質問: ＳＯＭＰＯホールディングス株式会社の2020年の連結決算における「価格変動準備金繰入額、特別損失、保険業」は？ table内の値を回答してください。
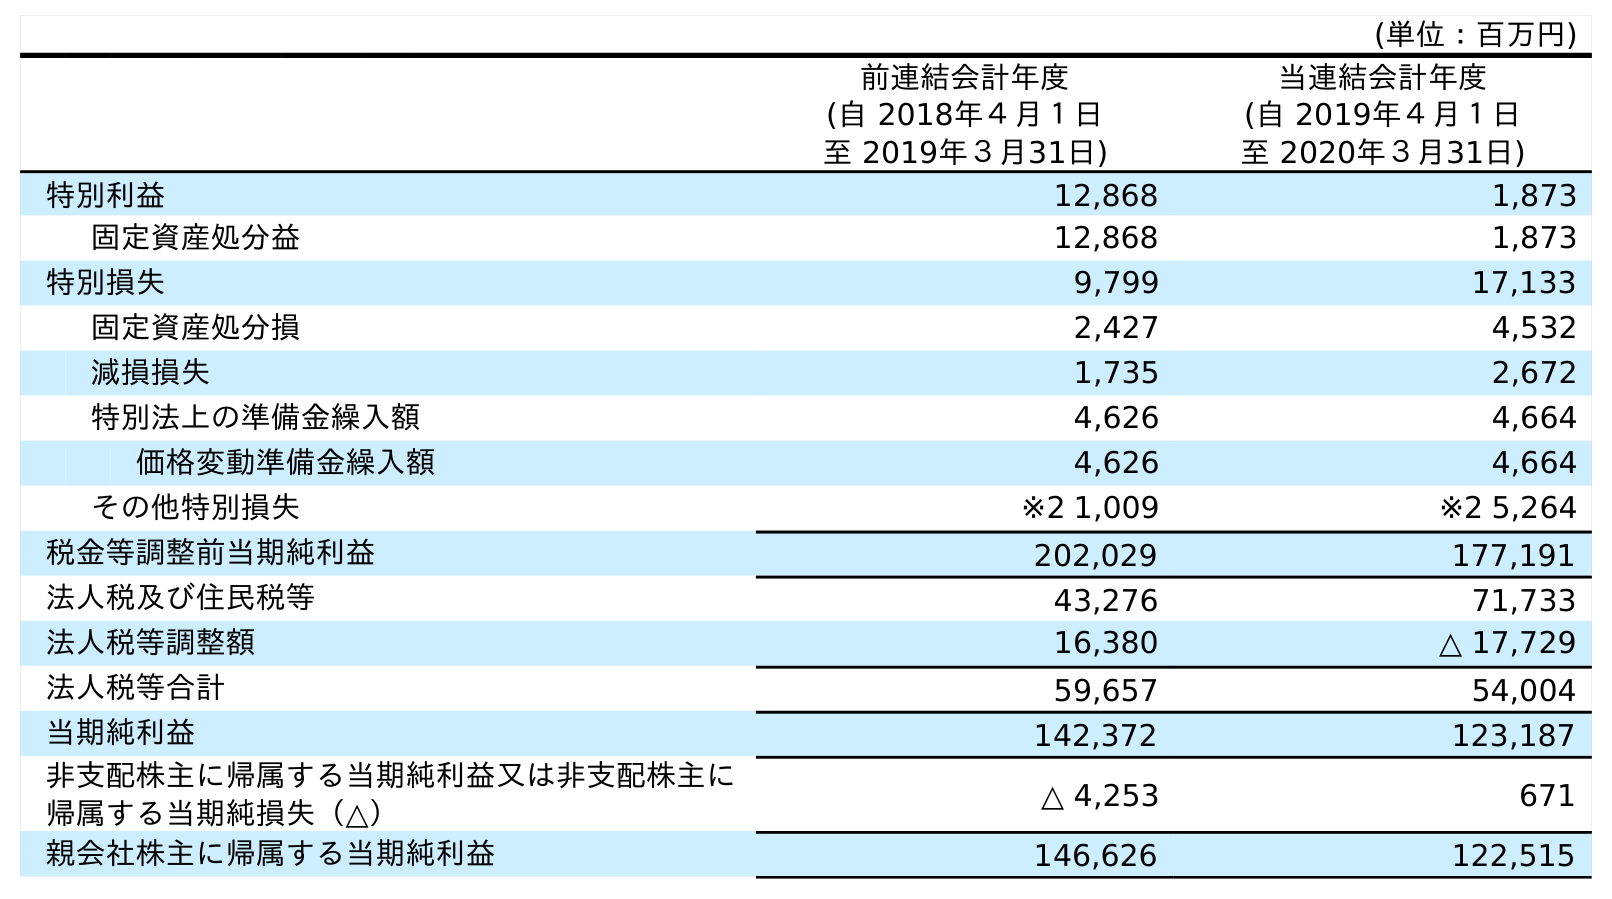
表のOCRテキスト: (単位：百万円) 前連結会計年度 (自 2018年４月１日 至 2019年３月31日) 当連結会計年度 (自 2019年４月１日 至 2020年３月31日) 特別利益 12,868 1,873 固定資産処分益 12,868 1,873 特別損失 9,799 17,133 固定資産処分損 2,427 4,532 減損損失 1,735 2,672 特別法上の準備金繰入額 4,626 4,664 価格変動準備金繰入額 4,626 4,664 その他特別損失 ※2 1,009 ※2 5,264 税金等調整前当期純利益 202,029 177,191 法人税及び住民税等 43,276 71,733 法人税等調整額 16,380 △ 17,729 法人税等合計 59,657 54,004 当期純利益 142,372 123,187 非支配株主に帰属する当期純利益又は非支配株主に 帰属する当期純損失（△） △ 4,253 671 親会社株主に帰属する当期純利益 146,626 122,515
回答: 4,664